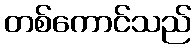
တစ်ကောင်သည်